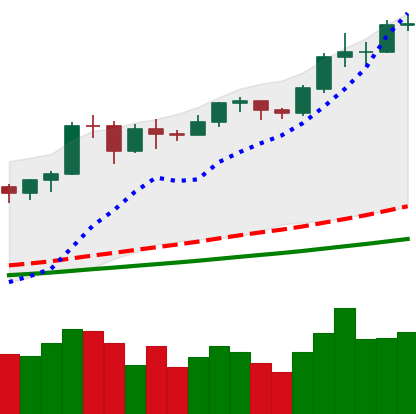
Ticker: BTC-USD
Chart end date: 2020-11-21
Forward return: -8.001%
Label: down_7plus